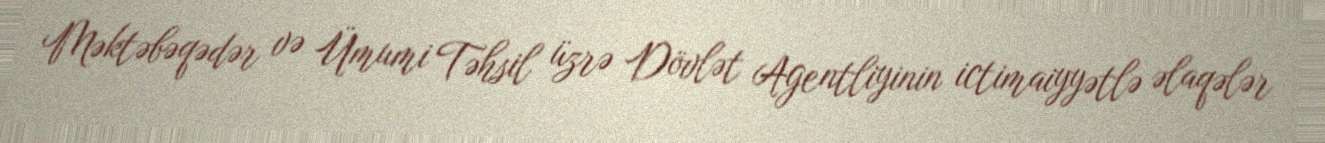
Məktəbəqədər və Ümumi Təhsil üzrə Dövlət Agentliyinin ictimaiyyətlə əlaqələr